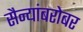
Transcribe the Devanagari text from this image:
सैन्यांबरोबर